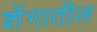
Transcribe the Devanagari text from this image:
शेंगातील